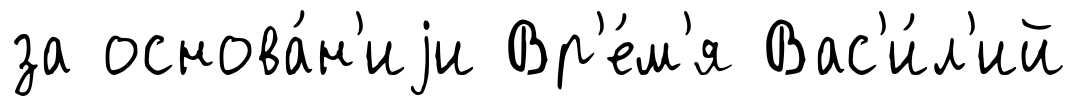
за основа́н'иjи Вр'е́м'я Вас'и́л'ий